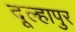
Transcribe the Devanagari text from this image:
दूल्हापुर